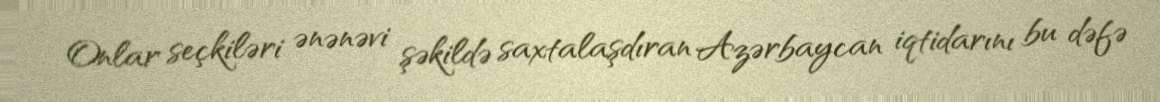
Onlar seçkiləri ənənəvi şəkildə saxtalaşdıran Azərbaycan iqtidarını bu dəfə